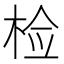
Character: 检